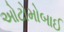
ઓટોમોબાઈ